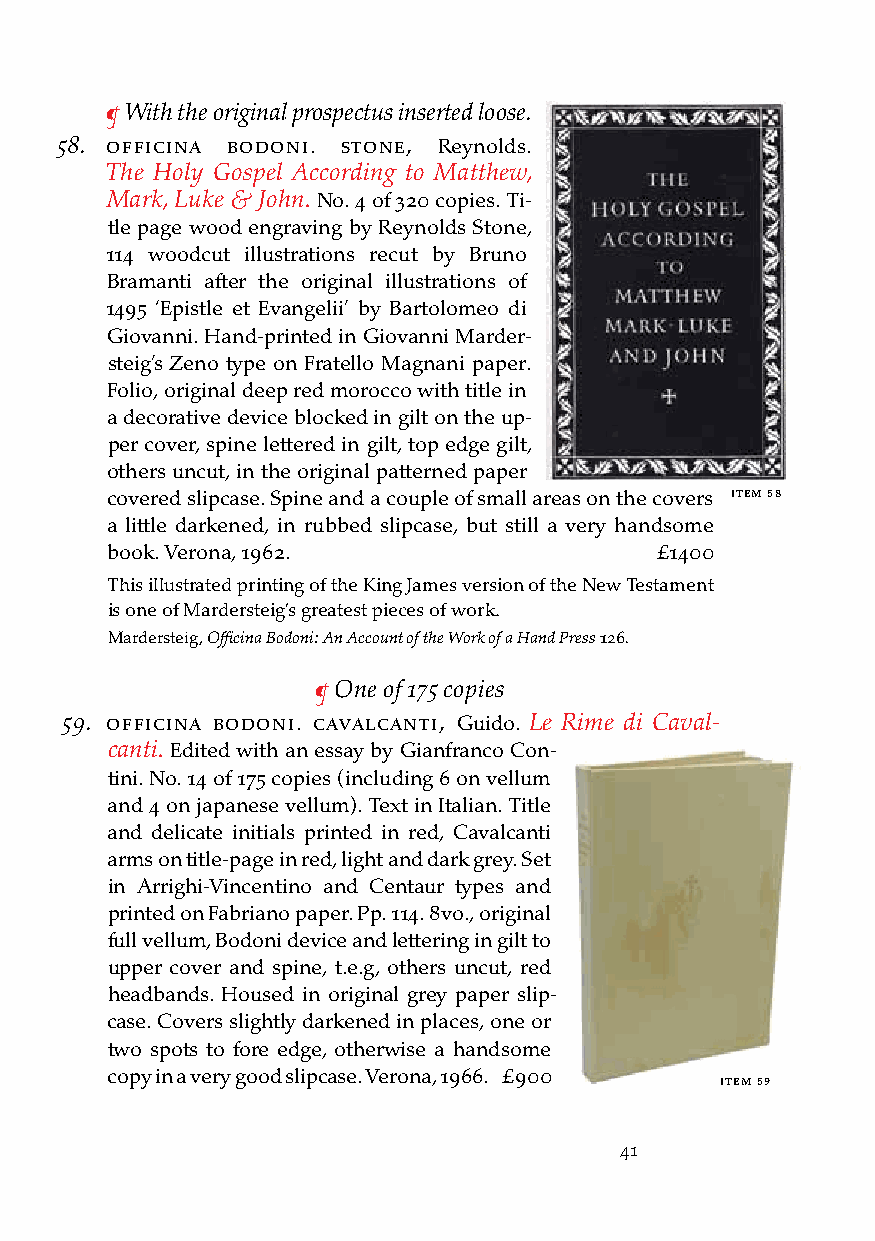
¶ With the original prospectus inserted loose.
 58. officina bodoni. stone, Reynolds.
 The Holy Gospel According to Matthew,
 Mark, Luke & John. No. 4 of 320 copies. Ti-
 tle page wood engraving by Reynolds Stone,
 114 woodcut illustrations recut by Bruno
 Bramanti after the original illustrations of
 1495 ‘Epistle et Evangelii’ by Bartolomeo di
 Giovanni. Hand-printed in Giovanni Marder-
 steig’s Zeno type on Fratello Magnani paper.
 Folio, original deep red morocco with title in
 a decorative device blocked in gilt on the up-
 per cover, spine lettered in gilt, top edge gilt,
 others uncut, in the original patterned paper
 covered slipcase. Spine and a couple of small areas on the covers iteM 58
 a little darkened, in rubbed slipcase, but still a very handsome
 book. Verona, 1962.                 £1400
 This illustrated printing of the King James version of the New Testament
 is one of Mardersteig’s greatest pieces of work.
 Mardersteig, Officina Bodoni: An Account of the Work of a Hand Press 126.
 ¶ One of 175 copies
 59. officina bodoni. cavalcanti, Guido. Le Rime di Caval-
 canti. Edited with an essay by Gianfranco Con-
 tini. No. 14 of 175 copies (including 6 on vellum
 and 4 on japanese vellum). Text in Italian. Title
 and delicate initials printed in red, Cavalcanti
 arms on title-page in red, light and dark grey. Set
 in Arrighi-Vincentino and Centaur types and
 printed on Fabriano paper. Pp. 114. 8vo., original
 full vellum, Bodoni device and lettering in gilt to
 upper cover and spine, t.e.g, others uncut, red
 headbands. Housed in original grey paper slip-
 case. Covers slightly darkened in places, one or
 two spots to fore edge, otherwise a handsome
 copy in a very good slipcase. Verona, 1966. £900
 iteM 59
 41